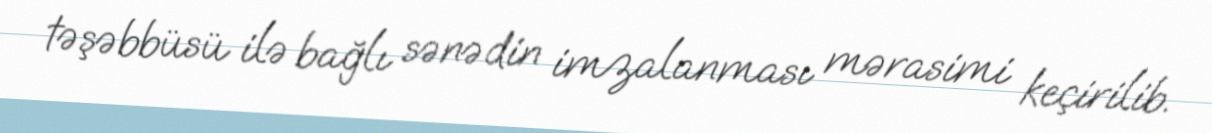
təşəbbüsü ilə bağlı sənədin imzalanması mərasimi keçirilib.